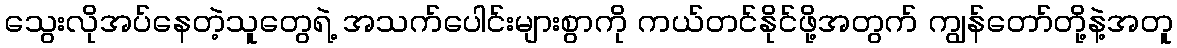
သွေးလိုအပ်နေတဲ့သူတွေရဲ့ အသက်ပေါင်းများစွာကို ကယ်တင်နိုင်ဖို့အတွက် ကျွန်တော်တို့နဲ့အတူ